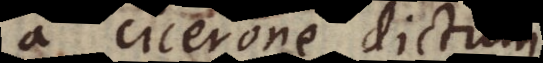
a Cicerone dictum